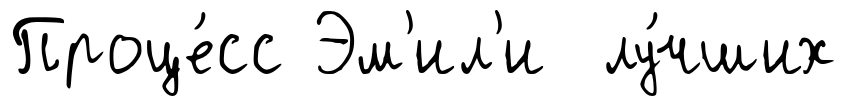
Проце́сс Эм'ил'и лу́чших